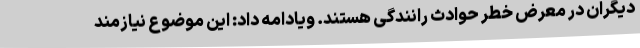
دیگران در معرض خطر حوادث رانندگی هستند. ویادامه داد: این موضوع نیازمند